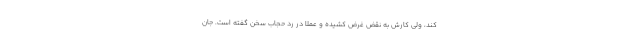
کند، ولی کارش به نقض غرض کشیده و عملا در رد حجاب سخن گفته است. جان